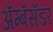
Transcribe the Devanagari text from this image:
ॲम्बॅसॅडर